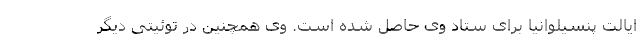
ایالت پنسیلوانیا برای ستاد وی حاصل شده است. وی همچنین در توئیتی دیگر